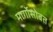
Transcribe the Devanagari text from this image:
मार्गोसोबत